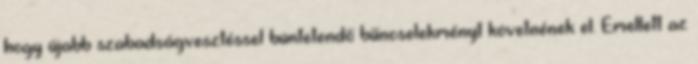
hogy újabb szabadságvesztéssel büntetendő bűncselekményt követnének el. Emellett az